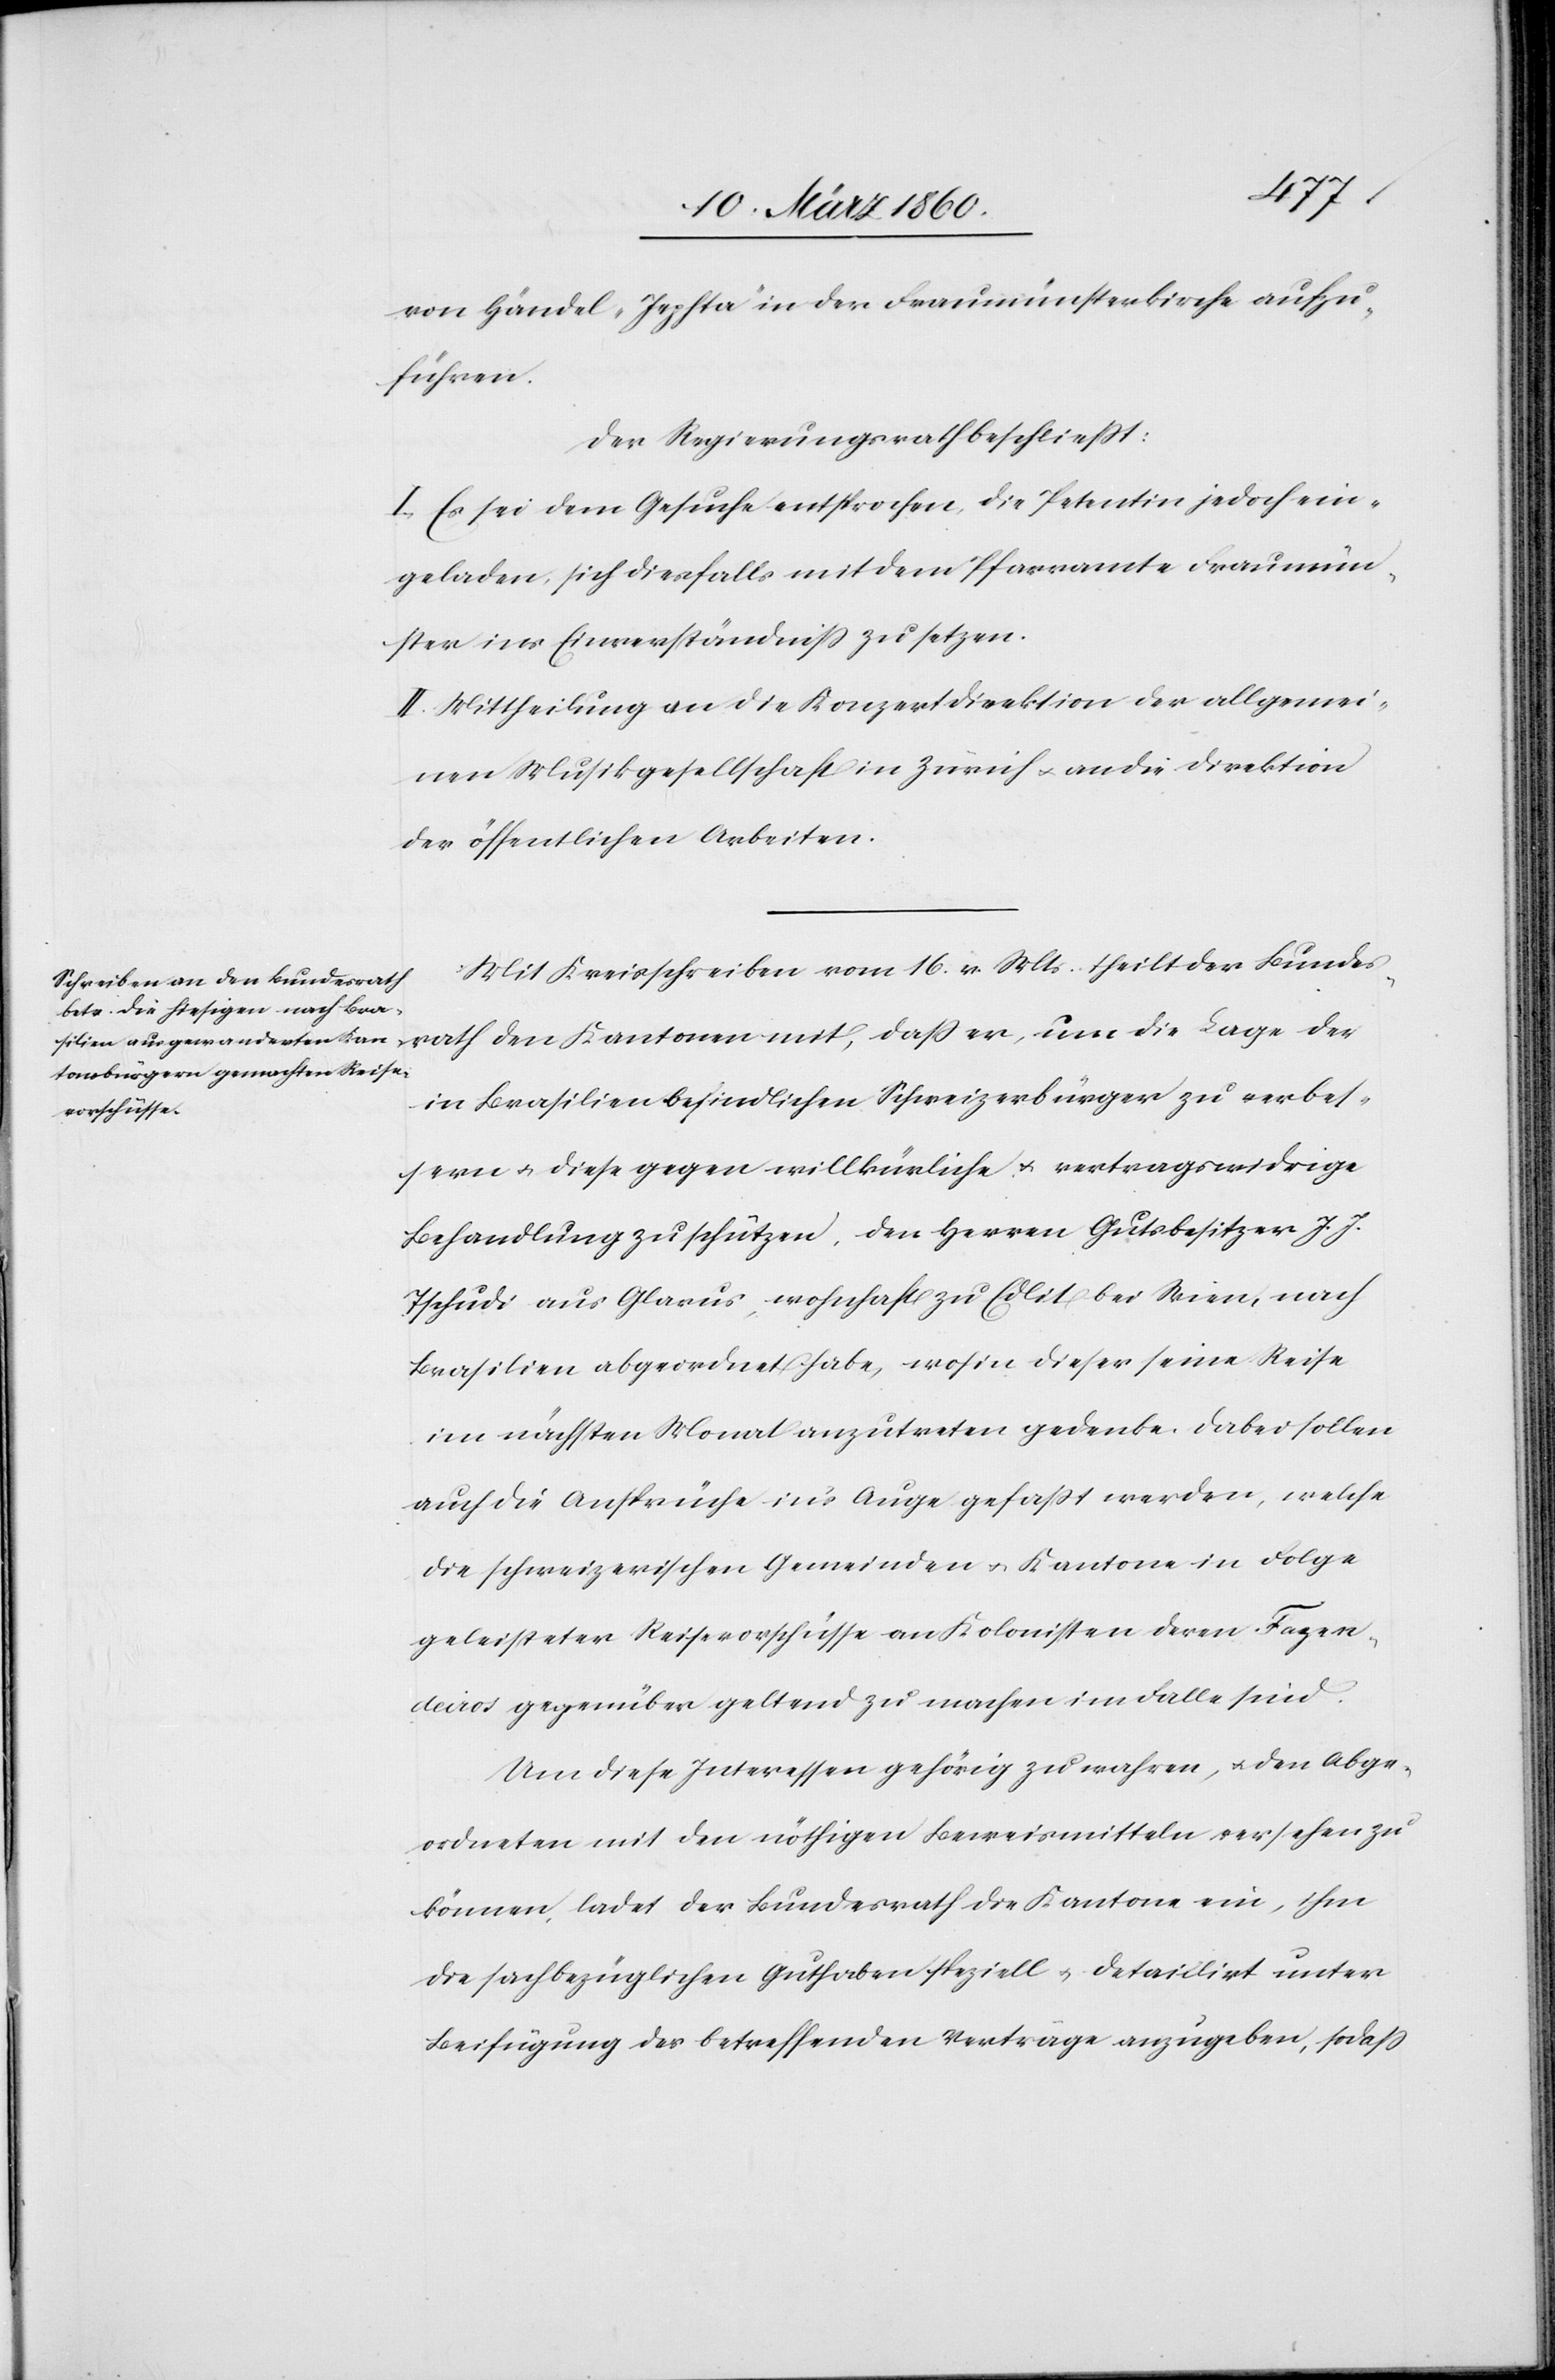
von Händel „Jephta“ in der Fraumünsterkirche aufzu¬
führen.
Der Regierungsrath beschliesst:
I. Es sei dem Gesuche entsprochen, die Petentin jedoch ein¬
geladen, sich diesfalls mit dem Pfarramte Fraumün¬
ster ins Einverständniss zu setzen.
II. Mittheilung an die Konzertdirektion der allgemei¬
nen Musikgesellschaft in Zürich u. an die Direktion
der öffentlichen Arbeiten.
Mit Kreisschreiben vom 16. v. Mts. theilt der Bundes¬
rath den Kantonen mit, dass er, um die Lage der
in Brasilien befindlichen Schweizerbürger zu verbes¬
sern u. diese gegen willkürliche u. vertragswidrige
Behandlung zu schützen, den Herren Gutsbesitzer J. J.
Tschudi aus Glarus, wohnhaft zu Edlit[z] bei Wien, nach
Brasilien abgeordnet habe, wohin dieser seine Reise
im nächsten Monat anzutreten gedenke. Dabei sollen
auch die Ansprüche in’s Auge gefaßt werden, welche
die schweizerischen Gemeinden u. Kantone in Folge
geleisteter Reisevorschüsse an Kolonisten deren Fagen
decros gegenüber geltend zu machen im Falle sind.
Um diese Interessen gehörig zu wahren, u. den Abge¬
ordneten mit den nöthigen Beweismitteln versehen zu
können, ladet der Bundesrath die Kantone ein, ihm
die sachbezüglichen Guthaben speziell u. detailirt unter
Beifügung der betreffenden Verträge anzugeben, so dass